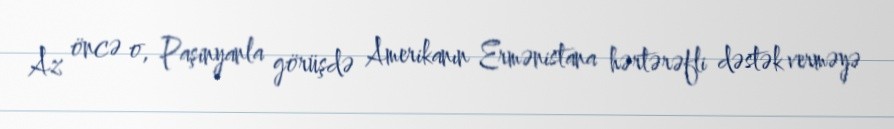
Az öncə o, Paşinyanla görüşdə Amerikanın Ermənistana hərtərəfli dəstək verməyə